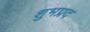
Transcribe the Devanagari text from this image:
शुभप्रद